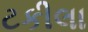
ટકીલા